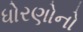
ધોરણોનો